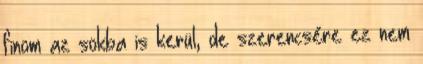
finom az sokba is kerül, de szerencsére ez nem